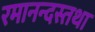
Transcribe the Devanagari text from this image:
रमानन्दस्तथा